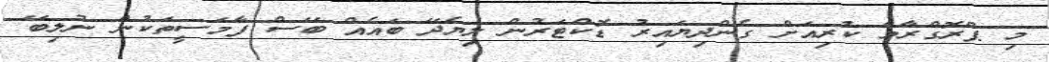
މި ޕްރޮގްރާމް ކުރިއަށް ގެންދިޔައިރު ޑޮކްޓަރުން ލިޔެދޭ ބައެއް ބޭސް ފާމަސީތަކުން ނުލިބޭ